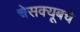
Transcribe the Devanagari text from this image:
चेसक्यूबचे